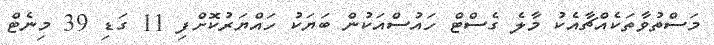
މަސްތުވާތަކެއްޗާއެކު މާލެ ގެސްޓް ހައުސްއަކުން ބަޔަކު ހައްޔަރުކޮށްފި 11 ގަޑި 39 މިނެޓް